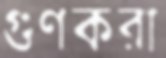
গুণকরা